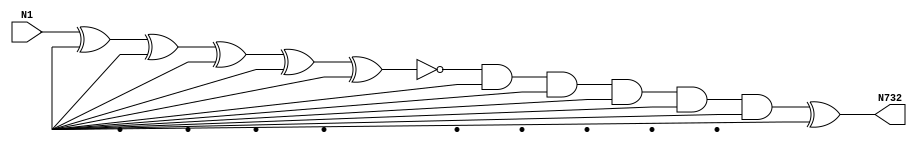
module singlepath (N1, N732);
input N1;
output N732;
wire N712, N703, N701, N700, N630, N702, N625, N716, N620, N724, N350, N274, N250, N580, N338, N572, N708, N290, N340, N406, N577, N574, N720, N570, N601, Vcc, gnd;
xor XOR2_1(N250, N1, Vcc);
xor XOR2_25(N274, N1, Vcc);
xor XOR2_41(N290, N250, Vcc);
xor XOR2_57(N338, N290, Vcc);
xor XOR2_59(N340, N290, Vcc);
xor XOR2_69(N350, N338, Vcc);
xor XOR2_77(N406, N350, Vcc);
not NOT1_97(N570, N406);
not NOT1_99(N572, N406);
not NOT1_101(N574, N406);
not NOT1_104(N577, N406);
not NOT1_107(N580, N406);
and AND4_128(N601, N406, Vcc, Vcc, Vcc);
and AND5_131(N620, N406, Vcc, Vcc, Vcc, Vcc);
and AND5_132(N625, N406, Vcc, Vcc, Vcc, Vcc);
and AND5_133(N630, N570, Vcc, Vcc, Vcc, Vcc);
and AND2_147(N700, N630, Vcc);
and AND2_148(N701, N630, Vcc);
and AND2_149(N702, N630, Vcc);
and AND2_150(N703, N630, Vcc);
and AND2_155(N708, N406, Vcc);
and AND2_159(N712, N406, Vcc);
and AND2_163(N716, N406, Vcc);
and AND2_167(N720, N406, Vcc);
xor XOR2_171(N724, N1, Vcc);
xor XOR2_179(N732, N700, Vcc);

endmodule